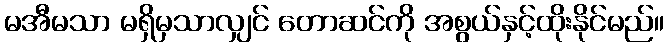
မအီမသာ မရှိမှသာလျှင် တောဆင်ကို အစွယ်နှင့်ထိုးနိုင်မည်။